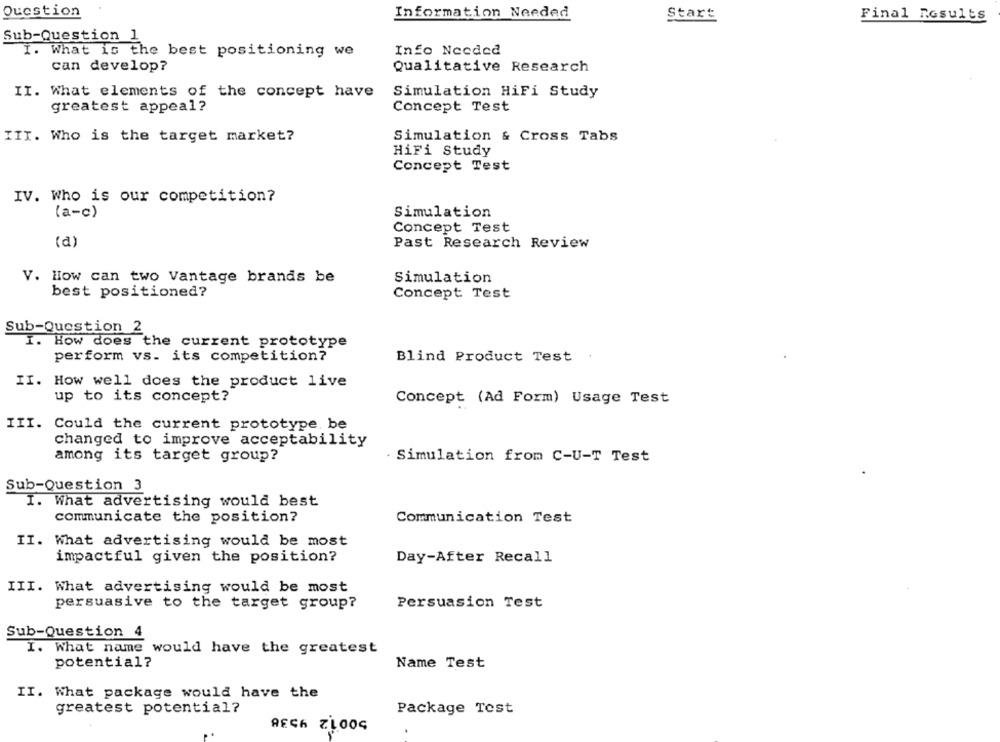
Question
Information Needed
Start
Final Results
Sub-Question 1
Info Needed
I. What is the best positioning we
can develop?
Qualitative Research
II. What elements of the concept have
Simulation HiFi Study
greatest appeal?
Concept Test
III. Who is the target market?
Simulation & Cross Tabs
HiFi Study
Concept Test
IV. Who is our competition?
(a-c)
Simulation
Concept Test
(a)
Past Research Review
V. How can two Vantage brands be
Simulation
best positioned?
Concept Test
Sub-Question 2
I. How does the current prototype
perform vs. its competition?
Blind Product Test
II. How well does the product live
up to its concept?
Concept (Ad Form) Usage Test
III.
Could the current prototype. be
changed to improve acceptability
among its target group?
· Simulation from C-U-T Test
Sub-Question 3
I.
What advertising would best
communicate the position?
Communication Test
II.
What advertising would be most
impactful given the position?
Day-After Recall
III. What advertising would be most
persuasive to the target group?
Persuasion Test
Sub-Question 4
I. What name would have the greatest
potential?
Name Test
II. What package would have the
greatest potential?
Package Test